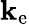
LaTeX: \mathbf{k}_{\mathrm{{e}}}